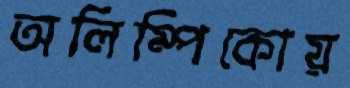
অলিম্পিকোয়